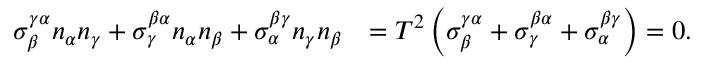
\begin{array} { r l } { \sigma _ { \beta } ^ { \gamma \alpha } n _ { \alpha } n _ { \gamma } + \sigma _ { \gamma } ^ { \beta \alpha } n _ { \alpha } n _ { \beta } + \sigma _ { \alpha } ^ { \beta \gamma } n _ { \gamma } n _ { \beta } } & { = T ^ { 2 } \left( \sigma _ { \beta } ^ { \gamma \alpha } + \sigma _ { \gamma } ^ { \beta \alpha } + \sigma _ { \alpha } ^ { \beta \gamma } \right) = 0 . } \end{array}